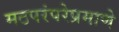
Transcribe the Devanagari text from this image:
मठपरंपरेप्रमाणे